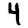
Digit: 4